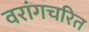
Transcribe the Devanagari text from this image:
वरांगचरित